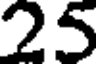
25